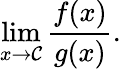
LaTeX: \operatorname*{lim}_{x\to\mathcal{C}}{\frac{{f(x)}}{{g(x)}}}.